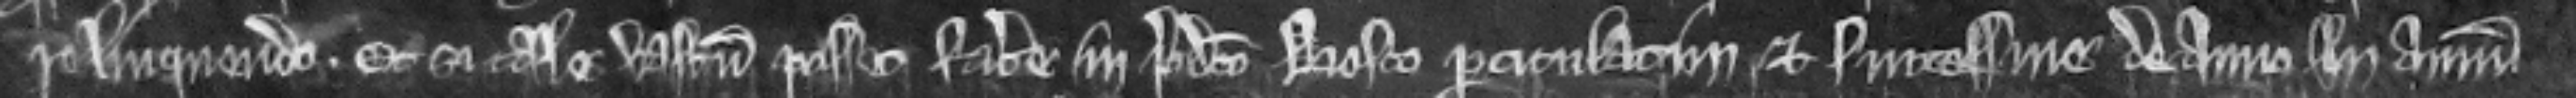
relinquendo. Et si tale vastum posset facere in predicto bosco particulatim et successive de anno in annum